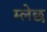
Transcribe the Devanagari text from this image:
म्लेछ